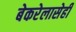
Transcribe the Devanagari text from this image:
बेकरेलासेही